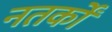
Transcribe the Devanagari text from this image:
नतर्कों